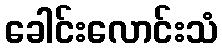
ခေါင်းလောင်းသံ